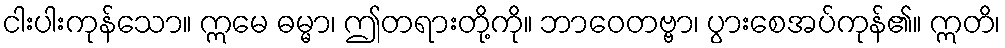
ငါးပါးကုန်သော။ ဣမေ ဓမ္မာ၊ ဤတရားတို့ကို။ ဘာဝေတဗ္ဗာ၊ ပွားစေအပ်ကုန်၏။ ဣတိ၊